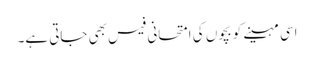
اسی مہینے کو بچوں کی امتحانی فیس بھی جاتی ہے۔